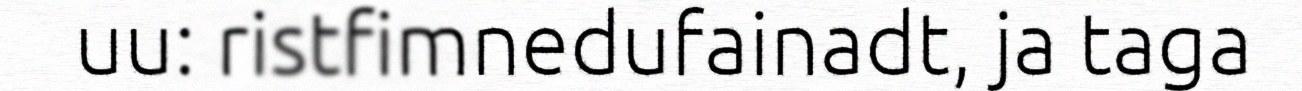
uu: ristfimnedufainadt, ja taga